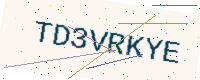
Text: TD3VRKYE